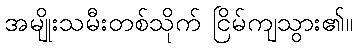
အမျိုးသမီးတစ်သိုက် ငြိမ်ကျသွား၏။